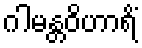
ဂါမန္တဝိဟာရိံ